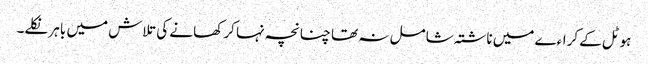
ہوٹل کے کراءے میں ناشتہ شامل نہ تھا چنانچہ نہا کر کھانے کی تلاش میں باہر نکلے۔